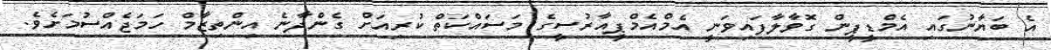
އެ ބަޔާނުގައި އެމްޑީޕީން ގޮވާލާފައިވަނީ އެމްއެމްޕީއާރުސީގެ މަސައްކަތް ކުރިއަށް ގެންދާނެ އިންތިޒާމް ހަމަޖެއްސުމަށެވެ.